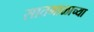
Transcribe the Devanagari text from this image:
सातमाळाच्या